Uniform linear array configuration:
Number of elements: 16
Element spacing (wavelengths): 0.75
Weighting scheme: blackman
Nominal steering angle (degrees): -45
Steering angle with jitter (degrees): -44.473
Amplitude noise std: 0.05
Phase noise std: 0.05

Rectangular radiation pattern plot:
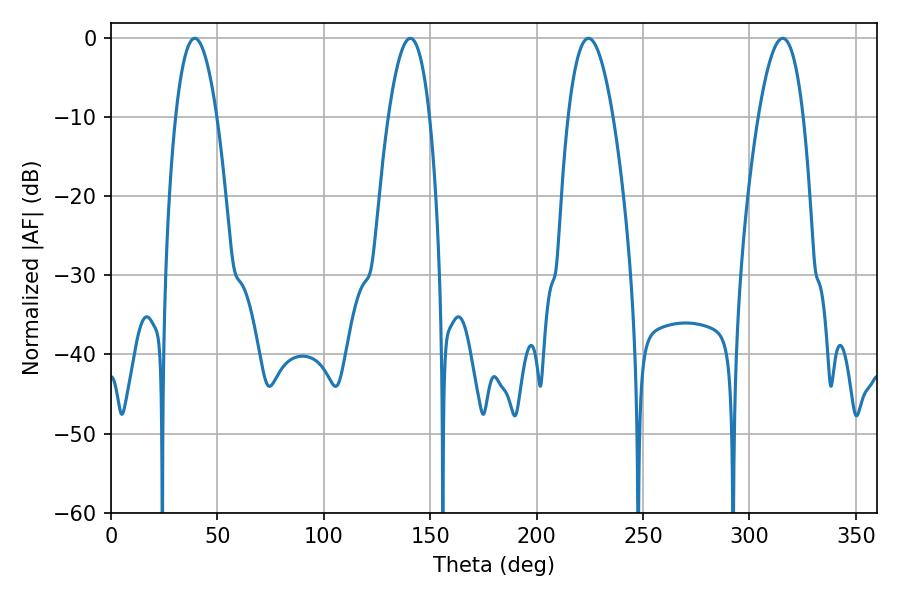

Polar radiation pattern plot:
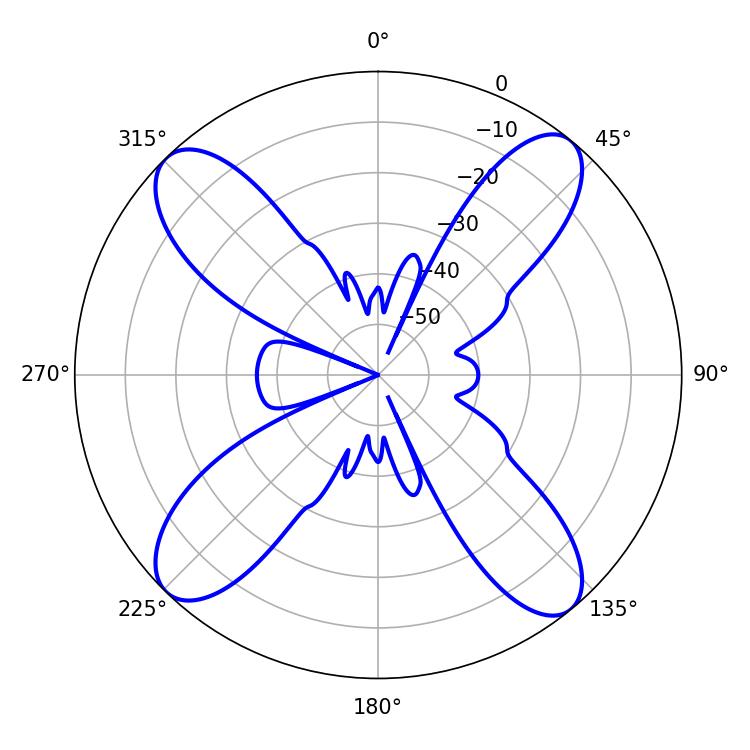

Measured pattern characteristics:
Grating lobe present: TRUE
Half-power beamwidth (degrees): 10.62
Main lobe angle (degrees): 140.58